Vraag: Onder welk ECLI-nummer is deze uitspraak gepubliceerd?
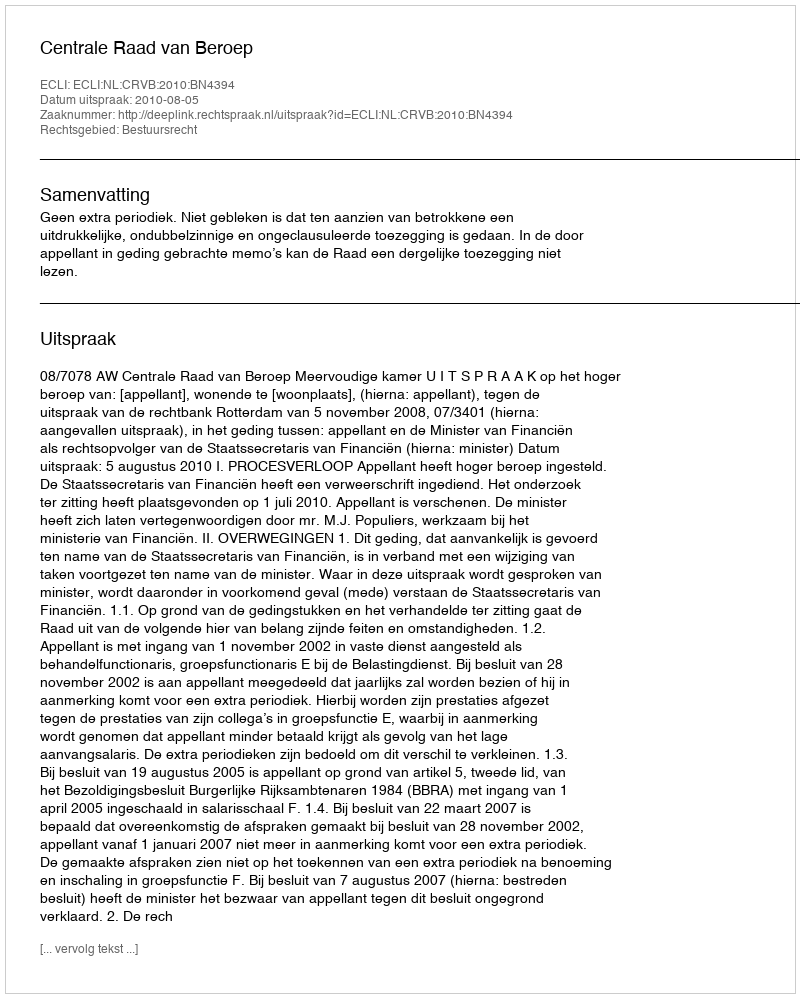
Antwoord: ECLI:NL:CRVB:2010:BN4394